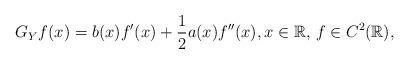
LaTeX: \begin{align*} G_Y f(x) = b(x) f'(x) + \frac{1}{2} a(x) f''(x), x\in\mathbb{R},\,f\in C^2(\mathbb{R}), \end{align*}